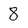
Character: 8